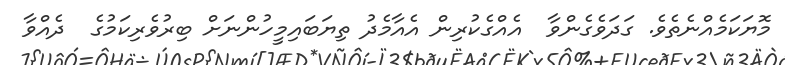
މޮޔަކަމެއްނެތެވެ. ގަދަވެގެންވާ  އެއްގެކުރިން އެއާމެދު ތިޔަބައިމީހުންނަށް ބިރުވެރިކަމުގެ  ދެއްވާ